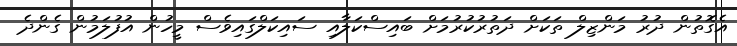
އެގޮތުން ދުރު މަންޒިލް ތަކަށް ދަތުރުކުރުމަށް ބައިސްކަލާއި ސައިކަލްގައިވެސް މީހުން އުފުލަމުން ގެންދެ